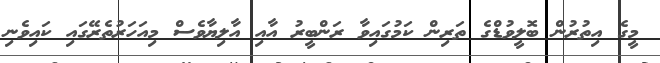
މީގެ އިތުރުން ބޮލީވުޑްގެ ތަރިން ކަމުގައިވާ ރަންބީރު އާއި އާލިޔާވެސް މިއަހަރުތެރޭގައި ކައިވެނި